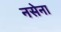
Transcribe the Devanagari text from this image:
नसेना